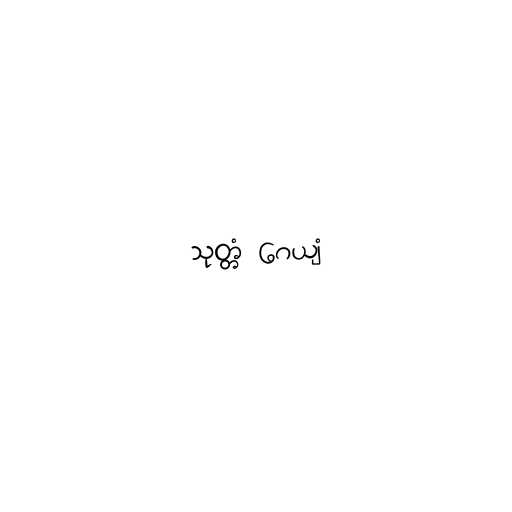
သုတ္တံ ဂေယျံ